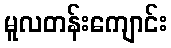
မူလတန်းကျောင်း